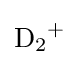
{\mathrm {D} {\vphantom {A}}_{\smash[{t}]{2}}{\vphantom {A}}^{+}}